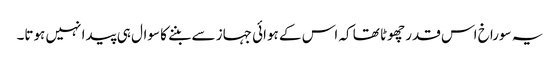
یہ سوراخ اس قدر چھوٹا تھا کہ اس کے ہوائی جہاز سے بننے کا سوال ہی پیدا نہیں ہوتا۔